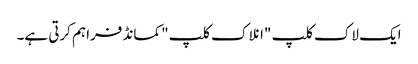
ایک لاک کلپ "انلاک کلپ" کمانڈ فراہم کرتی ہے۔